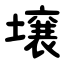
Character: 壌